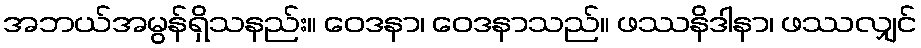
အဘယ်အမွန်ရှိသနည်း။ ဝေဒနာ၊ ဝေဒနာသည်။ ဖဿနိဒါနာ၊ ဖဿလျှင်